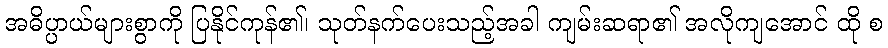
အဓိပ္ပာယ်များစွာကို ပြနိုင်ကုန်၏၊ သုတ်နက်ပေးသည့်အခါ ကျမ်းဆရာ၏ အလိုကျအောင် ထို စ